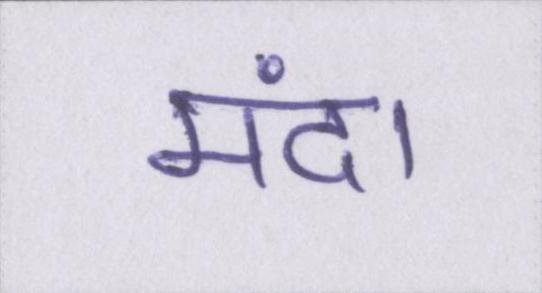
मंदा